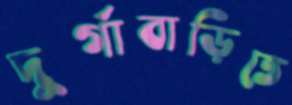
দুর্গাবাড়িতে